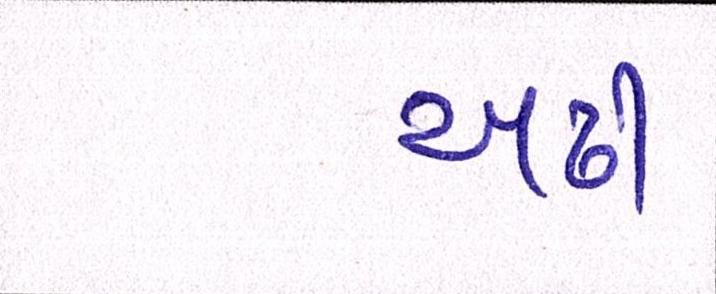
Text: અઢી